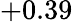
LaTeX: +0.39